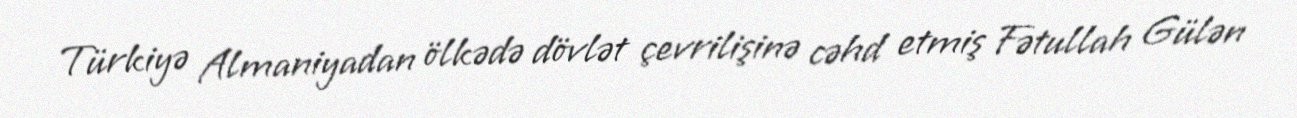
Türkiyə Almaniyadan ölkədə dövlət çevrilişinə cəhd etmiş Fətullah Gülən